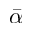
\bar { \alpha }